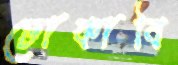
ঢোকাবি